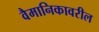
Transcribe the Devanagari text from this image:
वैमानिकावरील